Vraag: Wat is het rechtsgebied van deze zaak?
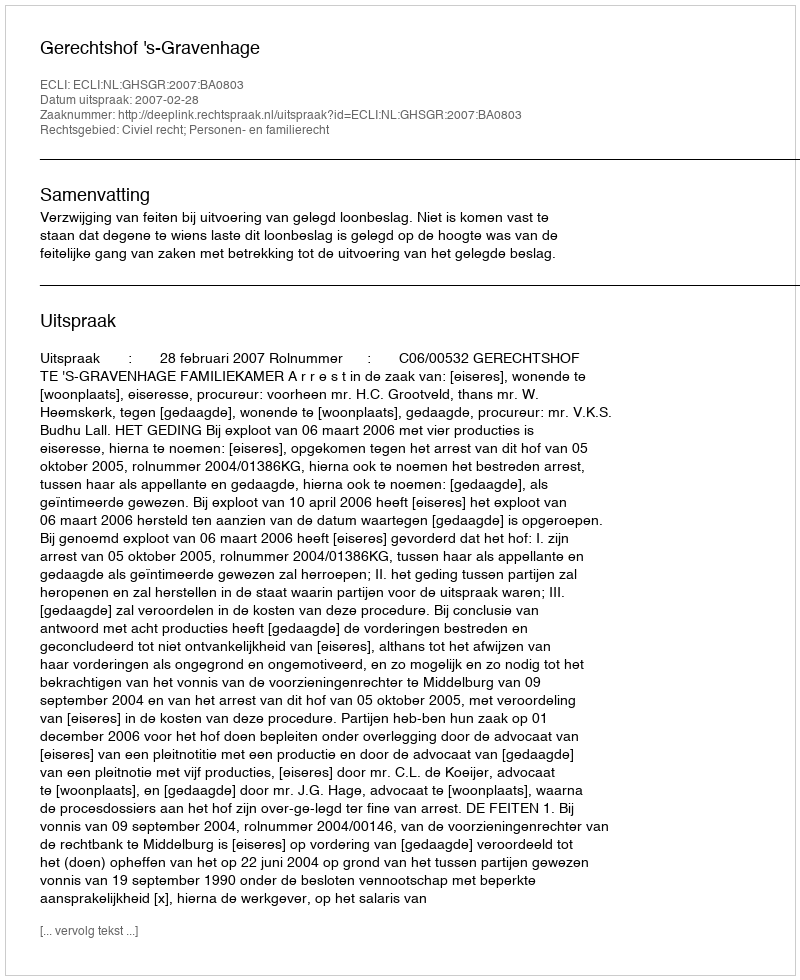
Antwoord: Civiel recht; Personen- en familierecht